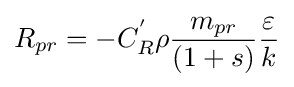
{R_{pr}=-C_{R}^{'}\rho {\frac {m_{pr}}{(1+s)}}{\frac {\varepsilon }{k}}}